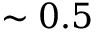
\sim 0 . 5